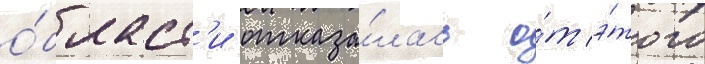
о́бласт'и отказа́лась о́т э́того